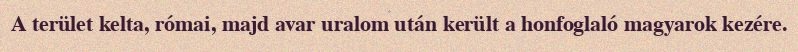
A terület kelta, római, majd avar uralom után került a honfoglaló magyarok kezére.